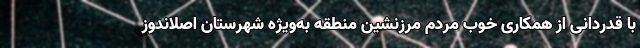
با قدردانی از همکاری خوب مردم مرزنشین منطقه به‌ویژه شهرستان اصلاندوز